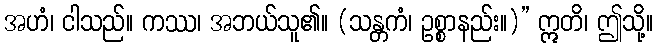
အဟံ၊ ငါသည်။ ကဿ၊ အဘယ်သူ၏။ (သန္တကံ၊ ဥစ္စာနည်း။)” ဣတိ၊ ဤသို့။